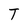
Character: T